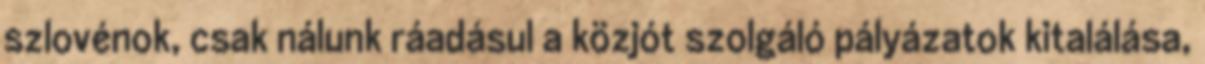
szlovénok, csak nálunk ráadásul a közjót szolgáló pályázatok kitalálása,